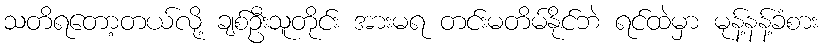
သတိရတော့တယ်လို့ ချစ်ဦးသူတိုင်း အားမရ တင်းမတိမ်နိုင်ဘဲ ရင်ထဲမှာ မုန့်နန့်ခံစား